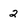
Character: 2